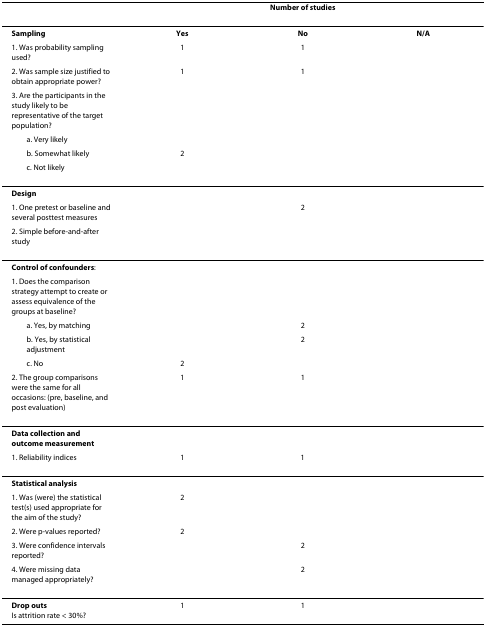
<table><thead><tr><td></td><td colspan="3"><b>Number of studies</b></td></tr></thead><tbody><tr><td><b>Sampling</b></td><td><b>Yes</b></td><td><b>No</b></td><td><b>N/A</b></td></tr><tr><td>1. Was probability sampling used?</td><td>1</td><td>1</td><td></td></tr><tr><td>2. Was sample size justified to obtain appropriate power?</td><td>1</td><td>1</td><td></td></tr><tr><td>3. Are the participants in the study likely to be representative of the target population?</td><td></td><td></td><td></td></tr><tr><td> a. Very likely</td><td></td><td></td><td></td></tr><tr><td> b. Somewhat likely</td><td>2</td><td></td><td></td></tr><tr><td> c. Not likely</td><td></td><td></td><td></td></tr><tr><td><b>Design</b></td><td></td><td></td><td></td></tr><tr><td>1. One pretest or baseline and several posttest measures</td><td></td><td>2</td><td></td></tr><tr><td>2. Simple before-and-after study</td><td></td><td></td><td></td></tr><tr><td><b>Control of confounders</b>:</td><td></td><td></td><td></td></tr><tr><td>1. Does the comparison strategy attempt to create or assess equivalence of the groups at baseline?</td><td></td><td></td><td></td></tr><tr><td> a. Yes, by matching</td><td></td><td>2</td><td></td></tr><tr><td> b. Yes, by statistical adjustment</td><td></td><td>2</td><td></td></tr><tr><td> c. No</td><td>2</td><td></td><td></td></tr><tr><td>2. The group comparisons were the same for all occasions: (pre, baseline, and post evaluation)</td><td>1</td><td>1</td><td></td></tr><tr><td><b>Data collection and outcome measurement</b></td><td></td><td></td><td></td></tr><tr><td>1. Reliability indices</td><td>1</td><td>1</td><td></td></tr><tr><td><b>Statistical analysis</b></td><td></td><td></td><td></td></tr><tr><td>1. Was (were) the statistical test(s) used appropriate for the aim of the study?</td><td>2</td><td></td><td></td></tr><tr><td>2. Were p-values reported?</td><td>2</td><td></td><td></td></tr><tr><td>3. Were confidence intervals reported?</td><td></td><td>2</td><td></td></tr><tr><td>4. Were missing data managed appropriately?</td><td></td><td>2</td><td></td></tr><tr><td><b>Drop outs</b>Is attrition rate &lt; 30%?</td><td>1</td><td>1</td><td></td></tr></tbody></table>